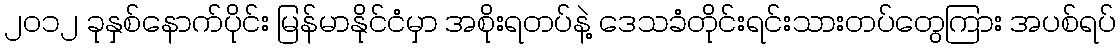
၂၀၁၂ ခုနှစ်နောက်ပိုင်း မြန်မာနိုင်ငံမှာ အစိုးရတပ်နဲ့ ဒေသခံတိုင်းရင်းသားတပ်တွေကြား အပစ်ရပ်